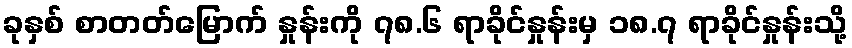
ခုနှစ် စာတတ်မြောက် နှုန်းကို ၇၈.၆ ရာခိုင်နှုန်းမှ ၁၈.၇ ရာခိုင်နှုန်းသို့